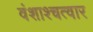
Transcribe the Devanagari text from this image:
वंशाश्चत्वार